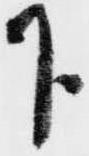
下